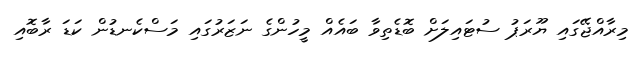
މިރާއްޖޭގައި ޔޫރަޕު ސުޓައިލަށް ބޮޑެތިވާ ބައެއް މީހުންގެ ނަޒަރުގައި މަސްކެނޑުން ކަޑަ ރާބޮއި